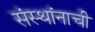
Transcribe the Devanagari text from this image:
संस्थांनाची